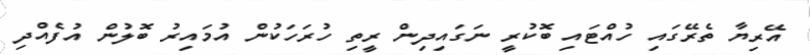
އޭރިޔާ ތެރޭގައި ހުއްޓައި ބޮކުރީ ނަގައިދިން ރީތި ހުރަހަކުން އުމައިރު ބޮލުން އުފެއްދި